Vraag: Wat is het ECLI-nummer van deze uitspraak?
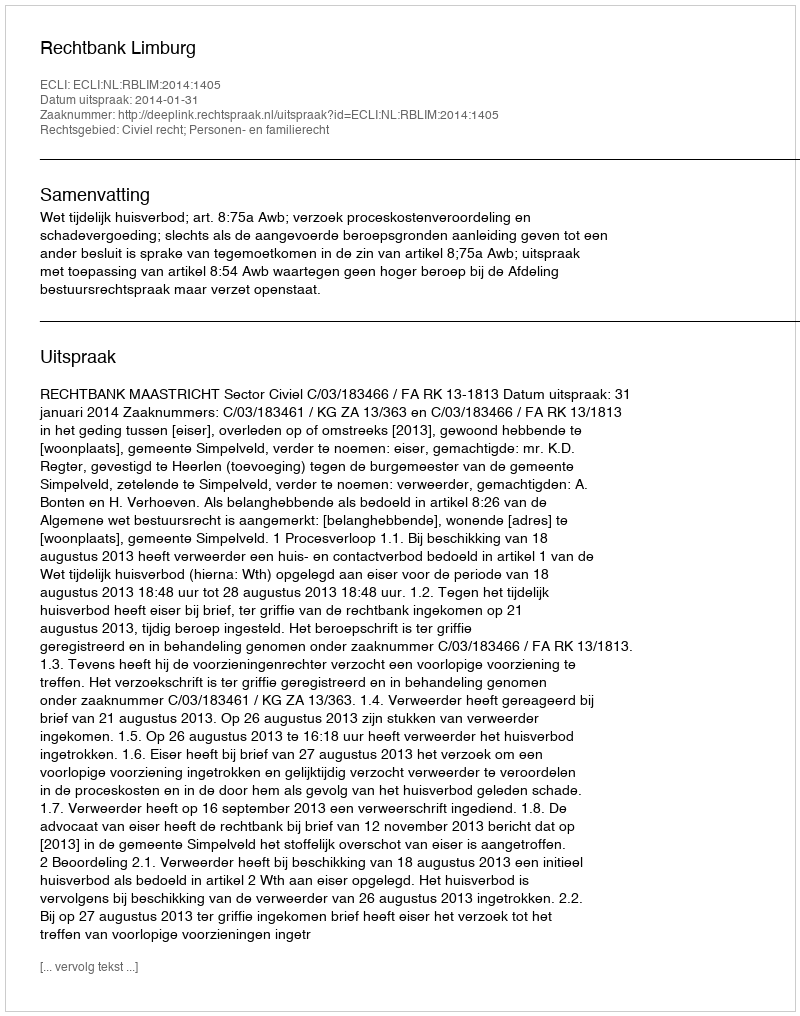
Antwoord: ECLI:NL:RBLIM:2014:1405